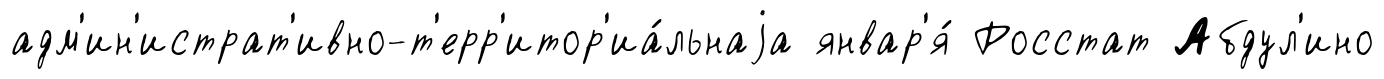
адм'ин'истрат'ивно-т'ерр'итор'иа́льнаjа январ'я́ Росстат Абдул'ино